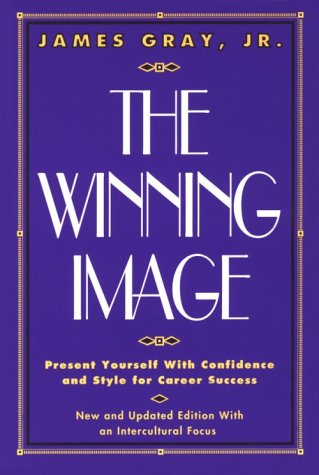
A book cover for The Winning Image: Present Yourself with Confidence and Style for Career Success; James Gray Jr.; Business & Money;